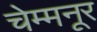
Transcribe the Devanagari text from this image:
चेम्मनूर